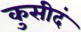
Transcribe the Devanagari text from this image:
कुसीदं